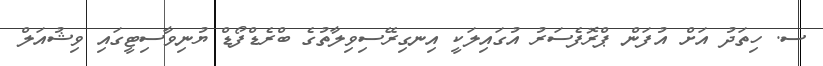
ސ. ހިތަދު އަށް އުފަން ޕްރޮފެސަރު އުގައިލަކީ އިނގިރޭސިވިލާތުގެ ބްރެޑްފޯޑް ޔުނިވާސިޓީގައި ވިޝުއަލް